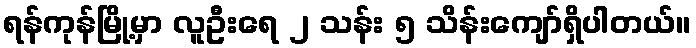
ရန်ကုန်မြို့မှာ လူဦးရေ ၂ သန်း ၅ သိန်းကျော်ရှိပါတယ်။